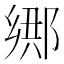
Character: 𲆘